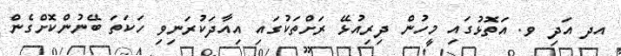
އދ އަދި ވ. އަތޮޅުގައި މީހުން ދިރިއުޅޭ ރަށްތަކުގައި އިއާދަކުރަނިވި ހަކަތަ ބޭނުންކޮށްގެން